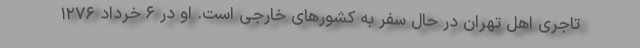
تاجری اهل تهران در حال سفر به کشورهای خارجی است. او در ۶ خرداد ۱۲۷۶